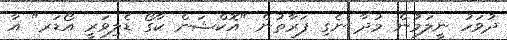
ދުވަހު ނީލަމުން މުދާ ނެގި ފަރާތުން "އޮކްޝަން ކާގޯ ޑެލިވަރީ އޯޑަރ" އާ